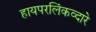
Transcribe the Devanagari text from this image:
हायपरलिंकव्दारे